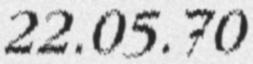
22.05.70